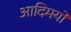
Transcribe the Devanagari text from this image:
आदिमयों